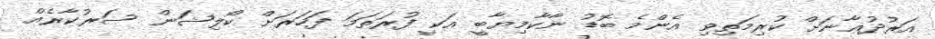
އަރުދުޣާނަށް ކުރިމަތިވި އެންމެ ބޮޑު ނާކާމިޔާބީ އަކީ ފުރަތަމަ ފަހަރަށް ކޯލިޝަން ސަރުކާރެއް